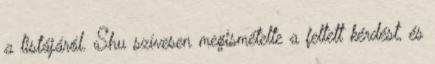
a listájáról. Shu szívesen megismételte a feltett kérdést, és